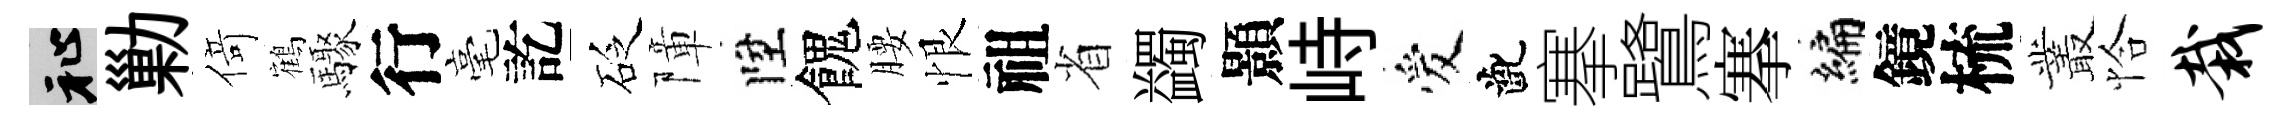
祉勦𠋣鶴驟行毫訖砭障陞餽腰恨祖省蠲顥峙爱齔搴鷺搴编鏡梳叢恰栽